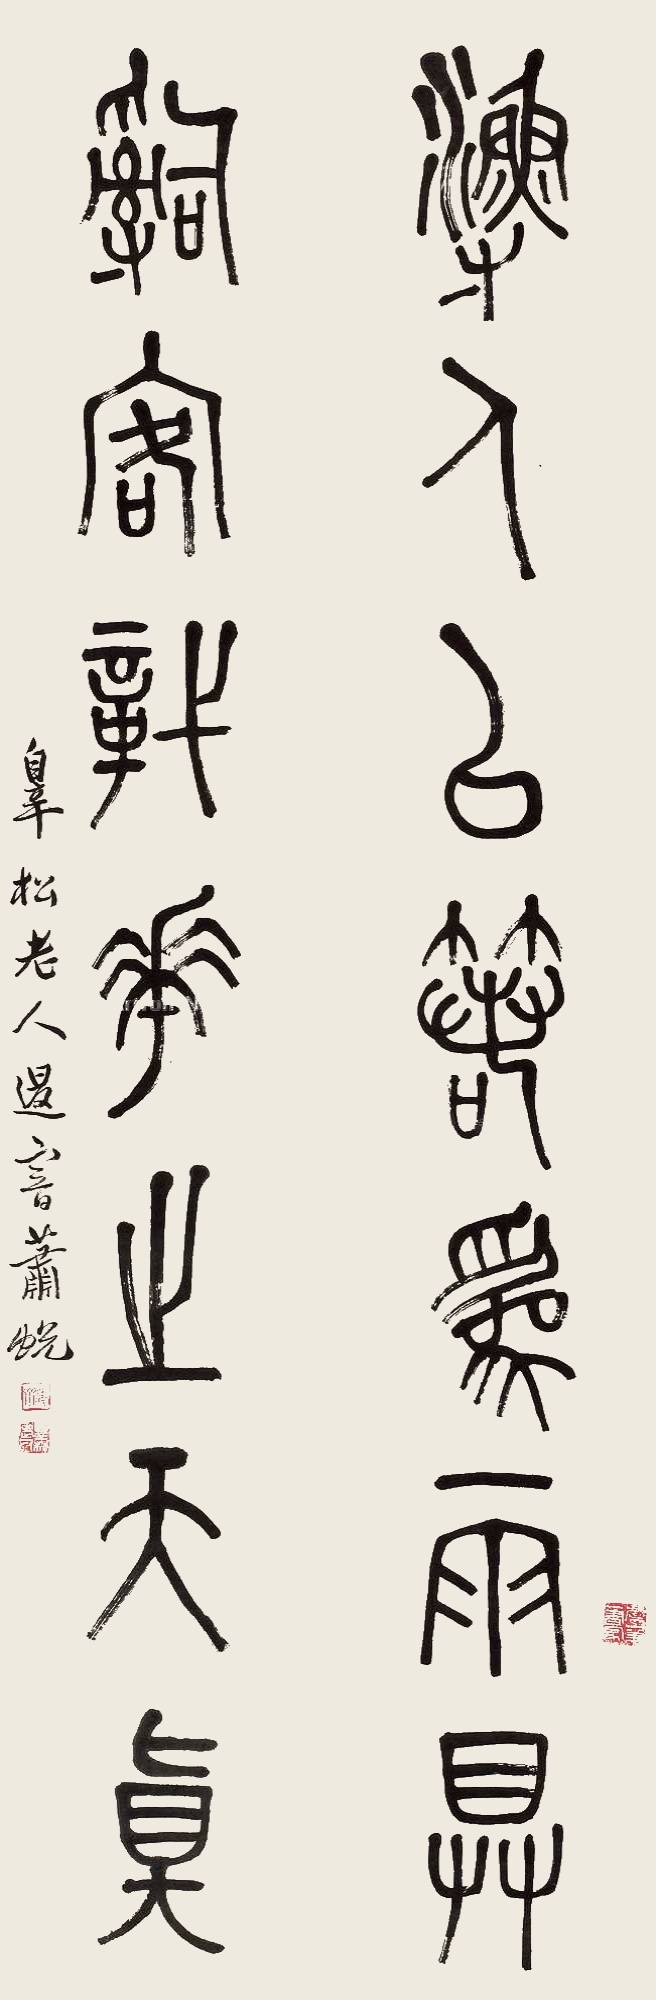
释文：渔人以箬为雨具，辞客识花之天真。辠松老人退暗萧蜕。